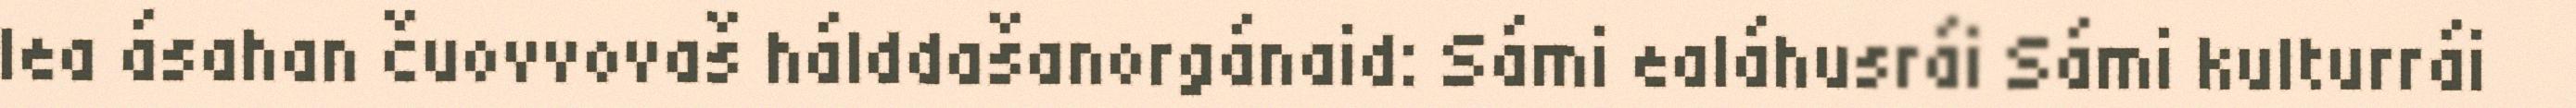
lea ásahan čuovvovaš hálddašanorgánaid: Sámi ealáhusrái Sámi kulturrái